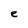
Character: e